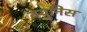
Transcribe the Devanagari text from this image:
क्युनिस